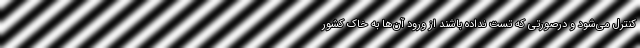
کنترل می‌شود و درصورتی که تست نداده باشند از ورود آن‌ها به خاک کشور